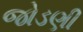
જોડણી